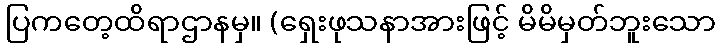
ပြကတေ့ထိရာဌာနမှ။ (ရှေးဖုသနာအားဖြင့် မိမိမှတ်ဘူးသော